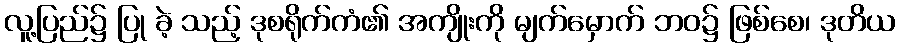
လူ့ပြည်၌ ပြု ခဲ့ သည့် ဒုစရိုက်ကံ၏ အကျိုးကို မျက်မှောက် ဘဝ၌ ဖြစ်စေ၊ ဒုတိယ